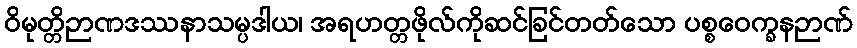
ဝိမုတ္တိဉာဏဒဿနာသမ္ပဒါယ၊ အရဟတ္တဖိုလ်ကိုဆင်ခြင်တတ်သော ပစ္စဝေက္ခနဉာဏ်